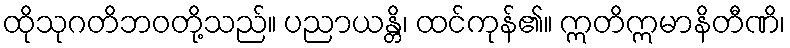
ထိုသုဂတိဘဝတို့သည်။ ပညာယန္တိ၊ ထင်ကုန်၏။ ဣတိဣမာနိတီဏိ၊